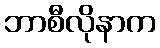
ဘာစီလိုနာက